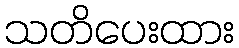
သတိပေးထား